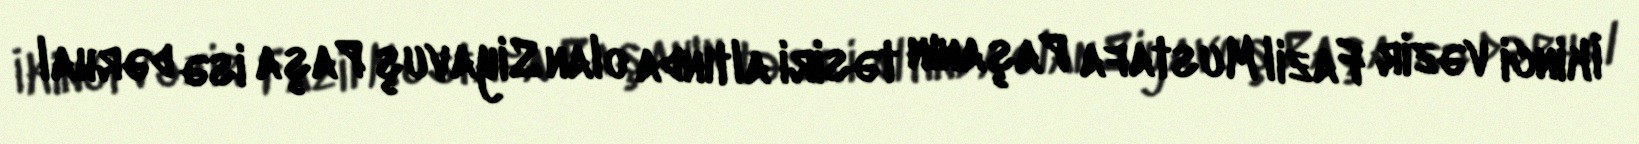
İkinci vəzir Fazil Mustafa Paşanın təsiri altında olan Siyavuş Paşa isə dərhal